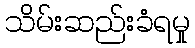
သိမ်းဆည်းခံရမှု